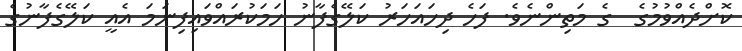
ކޮށްދެއްވުމުގެ  ގެ މަތިންނެވެ. ފަހެ ދިހައަހަރު ކަލޭގެފާނު ހަމަކުރައްވައިފިނަމަ އެއީ ކަލޭގެފާނުގެ